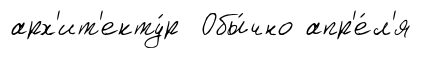
арх'ит'екту́р Обы́чно апр'е́л'я